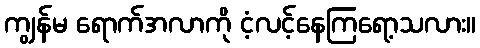
ကျွန်မ ရောက်အလာကို ငံ့လင့်နေကြရော့သလား။